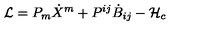
{ \cal L } = P _ { m } \dot { X } ^ { m } + P ^ { i j } \dot { B } _ { i j } - { \cal H } _ { c }